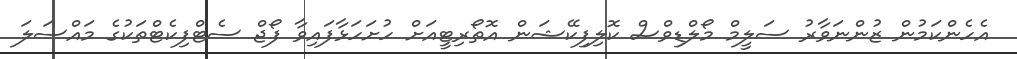
އެހެންކަމުން ޒުންނަވާރު ސަލީމް މޯލްޑިވްސް ކޮލިފިކޭޝަން އޮތޯރިޓީއަށް ހުށަހަޅާފައިވާ ފޯޖް ސެޓްފިކެޓްތަކުގެ މައްސަލަ